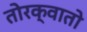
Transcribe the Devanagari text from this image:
तोरक्वातो